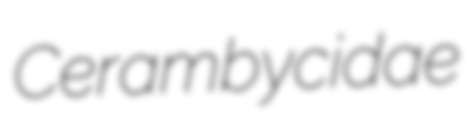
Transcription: Cerambycidae